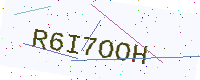
Text: R6I7OOH